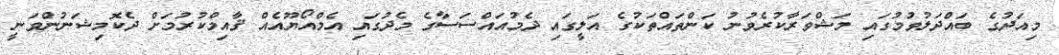
މިއަދުގެ ބައްދަލުވުމުގައި މަޝްވަރާކުރެވުނު ކަންތައްތަކުގެ އަލީގައި ދެމުއައްސަސާގެ މެދުގައި އެމްއޯޔޫއެއް ޤާއިމްކުރުމަށް ދެކޮމިޝަނުންވަނީ